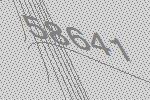
58641